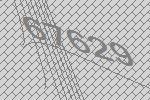
67629